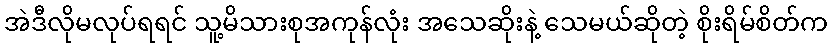
အဲဒီလိုမလုပ်ရရင် သူ့မိသားစုအကုန်လုံး အသေဆိုးနဲ့ သေမယ်ဆိုတဲ့ စိုးရိမ်စိတ်က